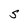
Character: S